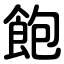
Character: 飽